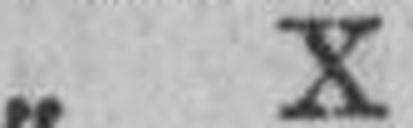
„ X